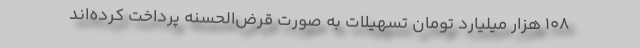
108 هزار میلیارد تومان تسهیلات به صورت قرض‌الحسنه پرداخت کرده‌اند